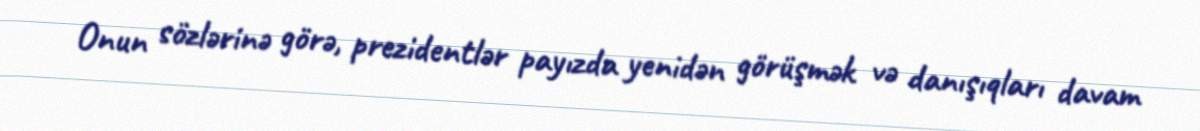
Onun sözlərinə görə, prezidentlər payızda yenidən görüşmək və danışıqları davam